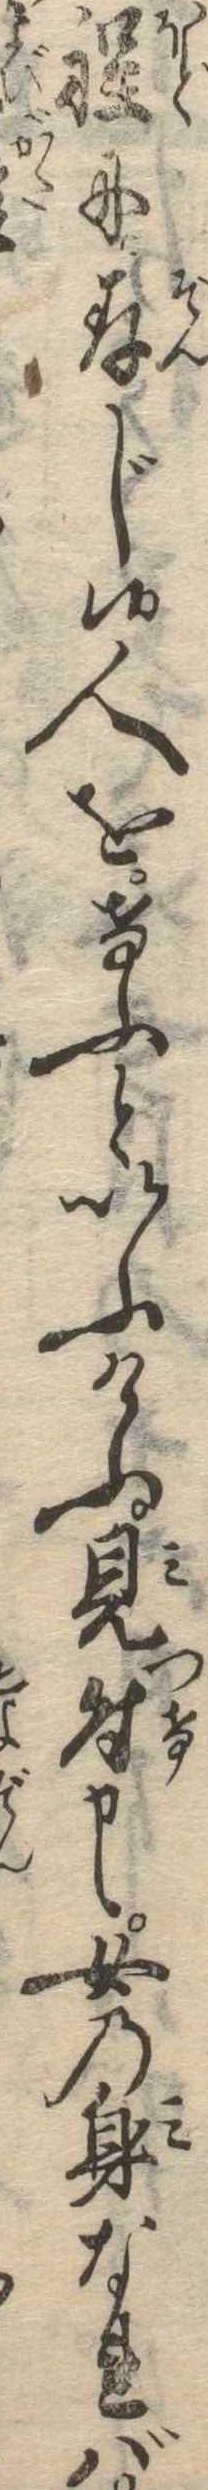
程に存じ候人をけふといふけふ見付申候女の身なれば